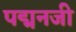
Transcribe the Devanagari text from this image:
पद्मनजी